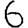
Digit: 6